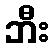
ဘီး